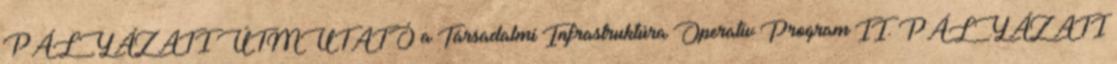
PÁLYÁZATI ÚTMUTATÓ a Társadalmi Infrastruktúra Operatív Program II. PÁLYÁZATI